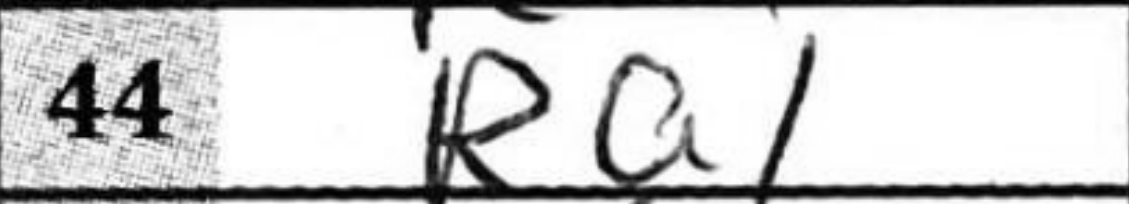
Transcription: Ra1